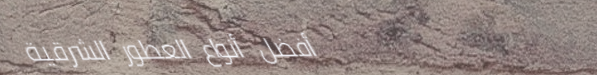
أفضل أنواع العطور الشرقية